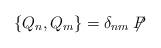
LaTeX: \begin{align*}\{ Q_n, Q_m \} = \delta_{nm} \not\!\! P\end{align*}